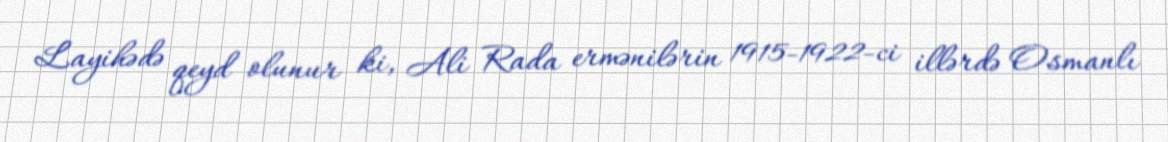
Layihədə qeyd olunur ki, Ali Rada ermənilərin 1915-1922-ci illərdə Osmanlı